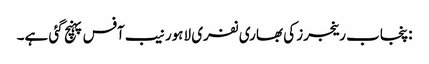
:پنجاب رینجرز کی بھاری نفری لاہور نیب آفس پہنچ گئی ہے۔